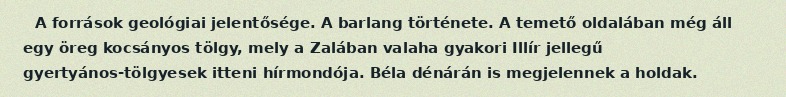
A források geológiai jelentősége. A barlang története. A temető oldalában még áll egy öreg kocsányos tölgy, mely a Zalában valaha gyakori Illír jellegű gyertyános-tölgyesek itteni hírmondója. Béla dénárán is megjelennek a holdak.